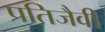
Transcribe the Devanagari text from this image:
प्रतिजैवी